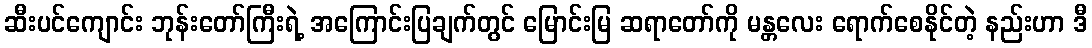
ဆီးပင်ကျောင်း ဘုန်းတော်ကြီးရဲ့ အကြောင်းပြချက်တွင် မြောင်းမြ ဆရာတော်ကို မန္တလေး ရောက်စေနိုင်တဲ့ နည်းဟာ ဒီ